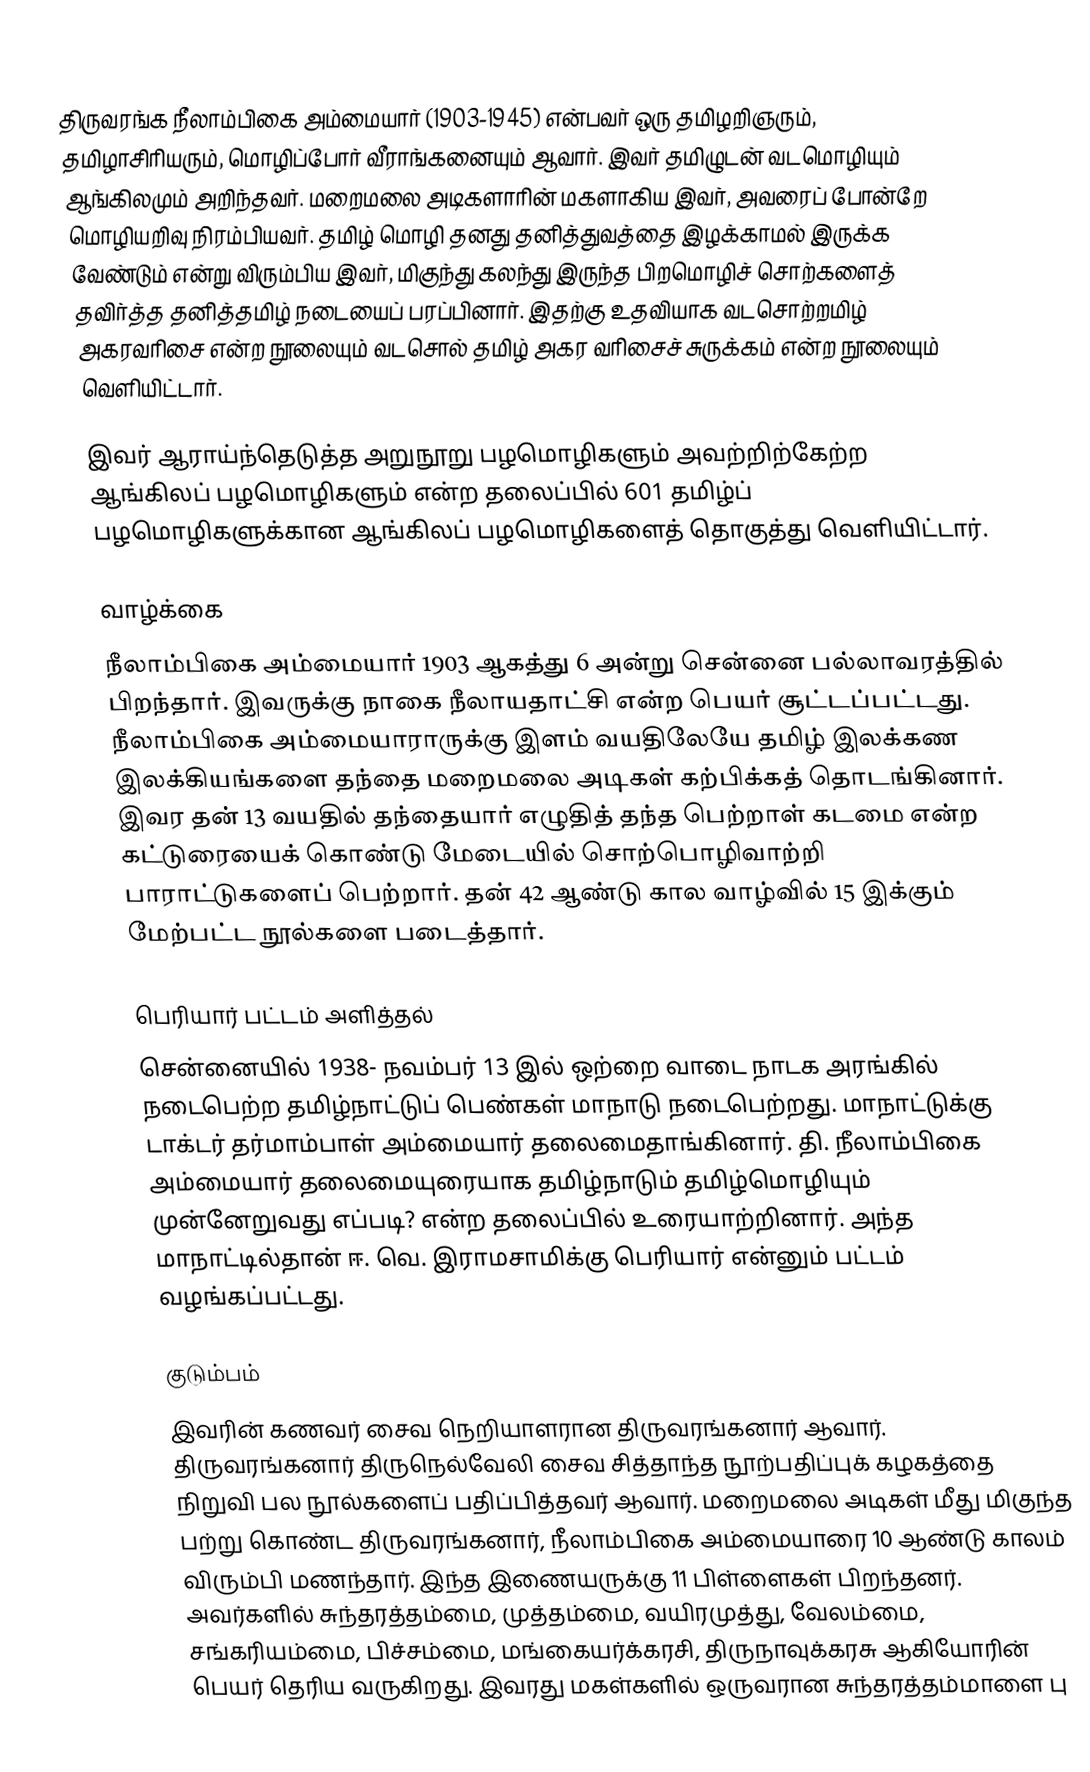
திருவரங்க நீலாம்பிகை அம்மையார் (1903-1945)  என்பவர் ஒரு தமிழறிஞரும், தமிழாசிரியரும், மொழிப்போர் வீராங்கனையும் ஆவார். இவர் தமிழுடன் வடமொழியும் ஆங்கிலமும் அறிந்தவர்.  மறைமலை அடிகளாரின் மகளாகிய இவர், அவரைப் போன்றே மொழியறிவு நிரம்பியவர்.  தமிழ் மொழி தனது தனித்துவத்தை இழக்காமல் இருக்க வேண்டும் என்று விரும்பிய இவர், மிகுந்து கலந்து இருந்த பிறமொழிச் சொற்களைத் தவிர்த்த தனித்தமிழ் நடையைப் பரப்பினார்.  இதற்கு உதவியாக வடசொற்றமிழ் அகரவரிசை என்ற நூலையும் வடசொல் தமிழ் அகர வரிசைச் சுருக்கம் என்ற நூலையும் வெளியிட்டார்.

இவர் ஆராய்ந்தெடுத்த அறுநூறு பழமொழிகளும் அவற்றிற்கேற்ற ஆங்கிலப் பழமொழிகளும் என்ற தலைப்பில் 601 தமிழ்ப் பழமொழிகளுக்கான ஆங்கிலப் பழமொழிகளைத் தொகுத்து வெளியிட்டார்.

வாழ்க்கை
நீலாம்பிகை அம்மையார் 1903 ஆகத்து 6 அன்று சென்னை பல்லாவரத்தில் பிறந்தார். இவருக்கு நாகை நீலாயதாட்சி என்ற பெயர் சூட்டப்பட்டது. நீலாம்பிகை அம்மையாராருக்கு இளம் வயதிலேயே தமிழ் இலக்கண இலக்கியங்களை தந்தை மறைமலை அடிகள் கற்பிக்கத் தொடங்கினார். இவர தன் 13 வயதில் தந்தையார் எழுதித் தந்த பெற்றாள் கடமை என்ற கட்டுரையைக் கொண்டு மேடையில் சொற்பொழிவாற்றி பாராட்டுகளைப் பெற்றார்.  தன் 42 ஆண்டு கால வாழ்வில் 15 இக்கும் மேற்பட்ட நூல்களை படைத்தார்.

பெரியார் பட்டம் அளித்தல்
சென்னையில் 1938- நவம்பர் 13 இல் ஒற்றை வாடை நாடக அரங்கில் நடைபெற்ற தமிழ்நாட்டுப் பெண்கள் மாநாடு நடைபெற்றது. மாநாட்டுக்கு டாக்டர் தர்மாம்பாள் அம்மையார் தலைமைதாங்கினார். தி. நீலாம்பிகை அம்மையார் தலைமையுரையாக தமிழ்நாடும் தமிழ்மொழியும் முன்னேறுவது எப்படி? என்ற தலைப்பில் உரையாற்றினார். அந்த மாநாட்டில்தான்  ஈ. வெ. இராமசாமிக்கு  பெரியார் என்னும் பட்டம் வழங்கப்பட்டது.

குடும்பம்
இவரின் கணவர் சைவ நெறியாளரான திருவரங்கனார் ஆவார். திருவரங்கனார் திருநெல்வேலி சைவ சித்தாந்த நூற்பதிப்புக் கழகத்தை நிறுவி பல நூல்களைப் பதிப்பித்தவர் ஆவார். மறைமலை அடிகள் மீது மிகுந்த பற்று கொண்ட திருவரங்கனார், நீலாம்பிகை அம்மையாரை 10 ஆண்டு காலம் விரும்பி மணந்தார். இந்த இணையருக்கு 11 பிள்ளைகள் பிறந்தனர். அவர்களில் சுந்தரத்தம்மை, முத்தம்மை, வயிரமுத்து, வேலம்மை, சங்கரியம்மை, பிச்சம்மை, மங்கையர்க்கரசி, திருநாவுக்கரசு ஆகியோரின் பெயர் தெரிய வருகிறது. இவரது மகள்களில் ஒருவரான சுந்தரத்தம்மாளை பு